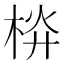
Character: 𣒁